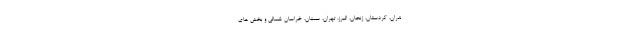
ندران، کردستان، زنجان، البرز، تهران، سمنان، خراسان شمالی و بخش های